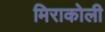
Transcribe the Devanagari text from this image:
मिराकोली